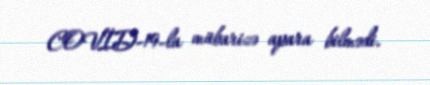
COVİD-19-la mübarizə apara bilmədi.